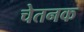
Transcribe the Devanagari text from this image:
चेतनक